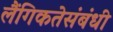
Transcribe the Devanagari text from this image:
लैंगिकतेसंबंधी